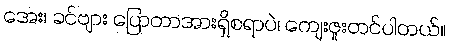
အေး၊ ခင်ဗျား ပြောတာအားရှိစရာပဲ၊ ကျေးဇူးတင်ပါတယ်။